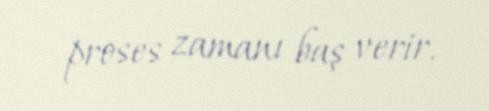
proses zamanı baş verir.